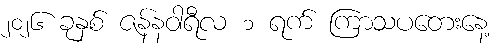
၂၀၂၆ ခုနှစ် ဇန်နဝါရီလ ၁ ရက် ကြာသပတေးနေ့